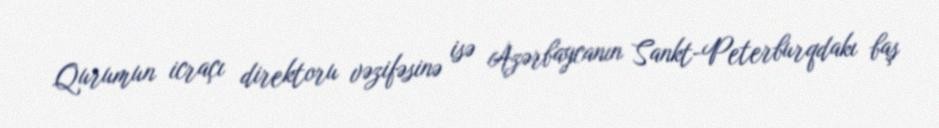
Qurumun icraçı direktoru vəzifəsinə isə Azərbaycanın Sankt-Peterburqdakı baş